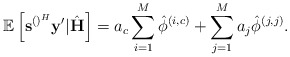
\begin{align*} \mathbb{E}\left[\mathbf{s}^{\left(\right)^H}\mathbf{y}'|\hat{\mathbf{H}}\right]=a_c\sum_{i=1}^M\hat{\phi}^{\left(i,c\right)}+\sum_{j=1}^{M}a_j\hat{\phi}^{\left(j,j\right)}.\end{align*}